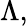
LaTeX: \Lambda,